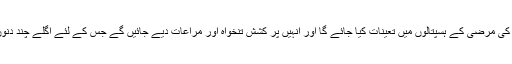
نئے بھرتی ہونے والے ان کنسلٹنٹس ڈاکٹروں کو اُن کی مرضی کے ہسپتالوں میں تعینات کیا جائے گا اور اُنہیں پُر کشش تنخواہ اور مراعات دیے جائیں گے جس کے لئے اگلے چند دنوں کے اندر اخبارات میں اشتہارات دیے جائیں گے ۔